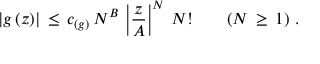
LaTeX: | g \, ( z ) | \, \leq \, c _ { ( g ) } \, N ^ { B } \, \left| \frac { z } { A } \right| ^ { N } \, N ! \qquad ( N \, \geq \, 1 ) \, \, .